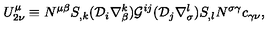
U _ { 2 \nu } ^ { \mu } \equiv N ^ { \mu \beta } S _ { , k } ( { \cal D } _ { i } \nabla _ { \beta } ^ { k } ) { \cal G } ^ { i j } ( { \cal D } _ { j } \nabla _ { \sigma } ^ { l } ) S _ { , l } N ^ { \sigma \gamma } c _ { \gamma \nu } ,